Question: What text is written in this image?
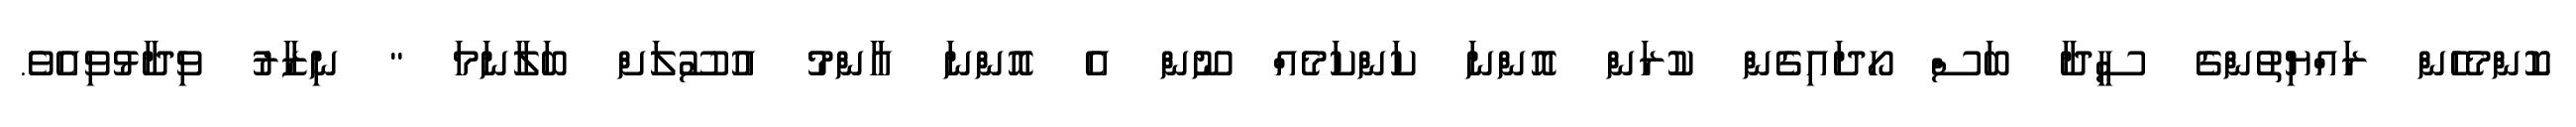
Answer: ކޮންމެހެން ރައްޔިތުންގެ ސީދާ ބަސް ހޯދައިގެން ކުރަން އޮންނަ ކަންކަމެއް ނޫން އެ އޮންނަ އާންމު އުސޫލަށް ބަލާނަމަ " ނިޒާރު ވިދާޅުވިއެވެ.